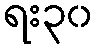
ရး၃၀